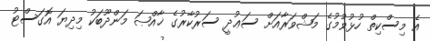
އެ މިސްކިތް ހުޅުވުމުގެ މަޝްވަރާއަށް ސަޢުދީ ސަރުކާރުގެ ޚާއްޞަ މަންދޫބަކު މިދިޔަ އޮގަސްޓު